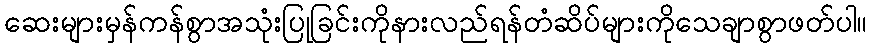
ဆေးများမှန်ကန်စွာအသုံးပြုခြင်းကိုနားလည်ရန်တံဆိပ်များကိုသေချာစွာဖတ်ပါ။